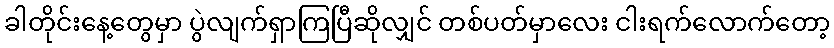
ခါတိုင်းနေ့တွေမှာ ပွဲလျက်ရှာကြပြီဆိုလျှင် တစ်ပတ်မှာလေး ငါးရက်လောက်တော့